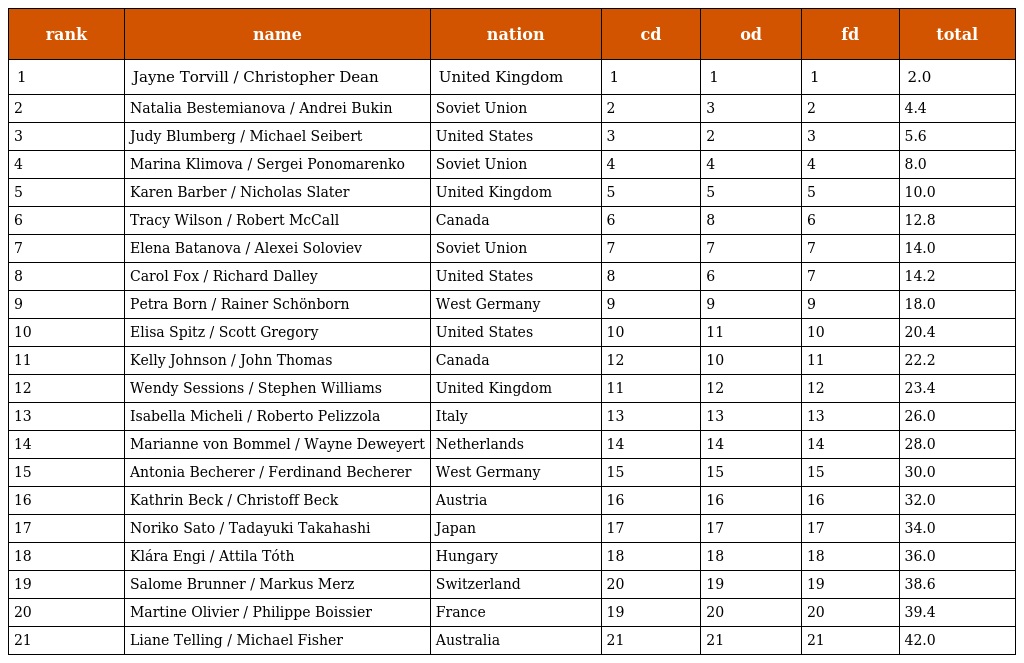
| rank | name | nation | cd | od | fd | total |
 | --- | --- | --- | --- | --- | --- | --- |
 | 1 | Jayne Torvill / Christopher Dean | United Kingdom | 1 | 1 | 1 | 2.0 |
 | 2 | Natalia Bestemianova / Andrei Bukin | Soviet Union | 2 | 3 | 2 | 4.4 |
 | 3 | Judy Blumberg / Michael Seibert | United States | 3 | 2 | 3 | 5.6 |
 | 4 | Marina Klimova / Sergei Ponomarenko | Soviet Union | 4 | 4 | 4 | 8.0 |
 | 5 | Karen Barber / Nicholas Slater | United Kingdom | 5 | 5 | 5 | 10.0 |
 | 6 | Tracy Wilson / Robert McCall | Canada | 6 | 8 | 6 | 12.8 |
 | 7 | Elena Batanova / Alexei Soloviev | Soviet Union | 7 | 7 | 7 | 14.0 |
 | 8 | Carol Fox / Richard Dalley | United States | 8 | 6 | 7 | 14.2 |
 | 9 | Petra Born / Rainer Schönborn | West Germany | 9 | 9 | 9 | 18.0 |
 | 10 | Elisa Spitz / Scott Gregory | United States | 10 | 11 | 10 | 20.4 |
 | 11 | Kelly Johnson / John Thomas | Canada | 12 | 10 | 11 | 22.2 |
 | 12 | Wendy Sessions / Stephen Williams | United Kingdom | 11 | 12 | 12 | 23.4 |
 | 13 | Isabella Micheli / Roberto Pelizzola | Italy | 13 | 13 | 13 | 26.0 |
 | 14 | Marianne von Bommel / Wayne Deweyert | Netherlands | 14 | 14 | 14 | 28.0 |
 | 15 | Antonia Becherer / Ferdinand Becherer | West Germany | 15 | 15 | 15 | 30.0 |
 | 16 | Kathrin Beck / Christoff Beck | Austria | 16 | 16 | 16 | 32.0 |
 | 17 | Noriko Sato / Tadayuki Takahashi | Japan | 17 | 17 | 17 | 34.0 |
 | 18 | Klára Engi / Attila Tóth | Hungary | 18 | 18 | 18 | 36.0 |
 | 19 | Salome Brunner / Markus Merz | Switzerland | 20 | 19 | 19 | 38.6 |
 | 20 | Martine Olivier / Philippe Boissier | France | 19 | 20 | 20 | 39.4 |
 | 21 | Liane Telling / Michael Fisher | Australia | 21 | 21 | 21 | 42.0 |